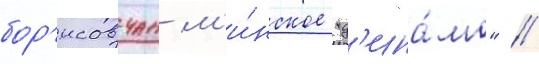
бор'исовчан м'и́нское "д'ина́мо" //